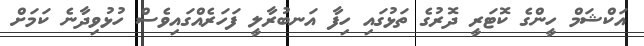
އަކްޝަމް ހީންގެ ކޮޮޓަރީ ދޮރުގެ ތަޅުގައި ހިފާ އަނބުރާލީ ފަހަރެއްގައިވެސް ހުޅުވިދާނެ ކަމަށް